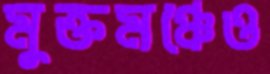
মুক্তমঞ্চেও